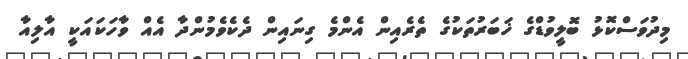
މިދުވަސްކޮޅު ބޮލީވުޑްގެ ޚަބަރުތަކުގެ ތެރެއިން އެންމެ ގިނައިން ދެކެވެމުންދާ އެއް ވާހަކައަކީ އާލިއާ